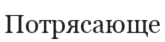
Потрясающе